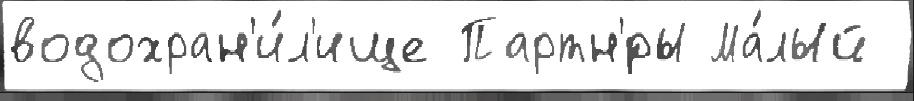
водохран'и́л'ище Партн'́ры Ма́лый